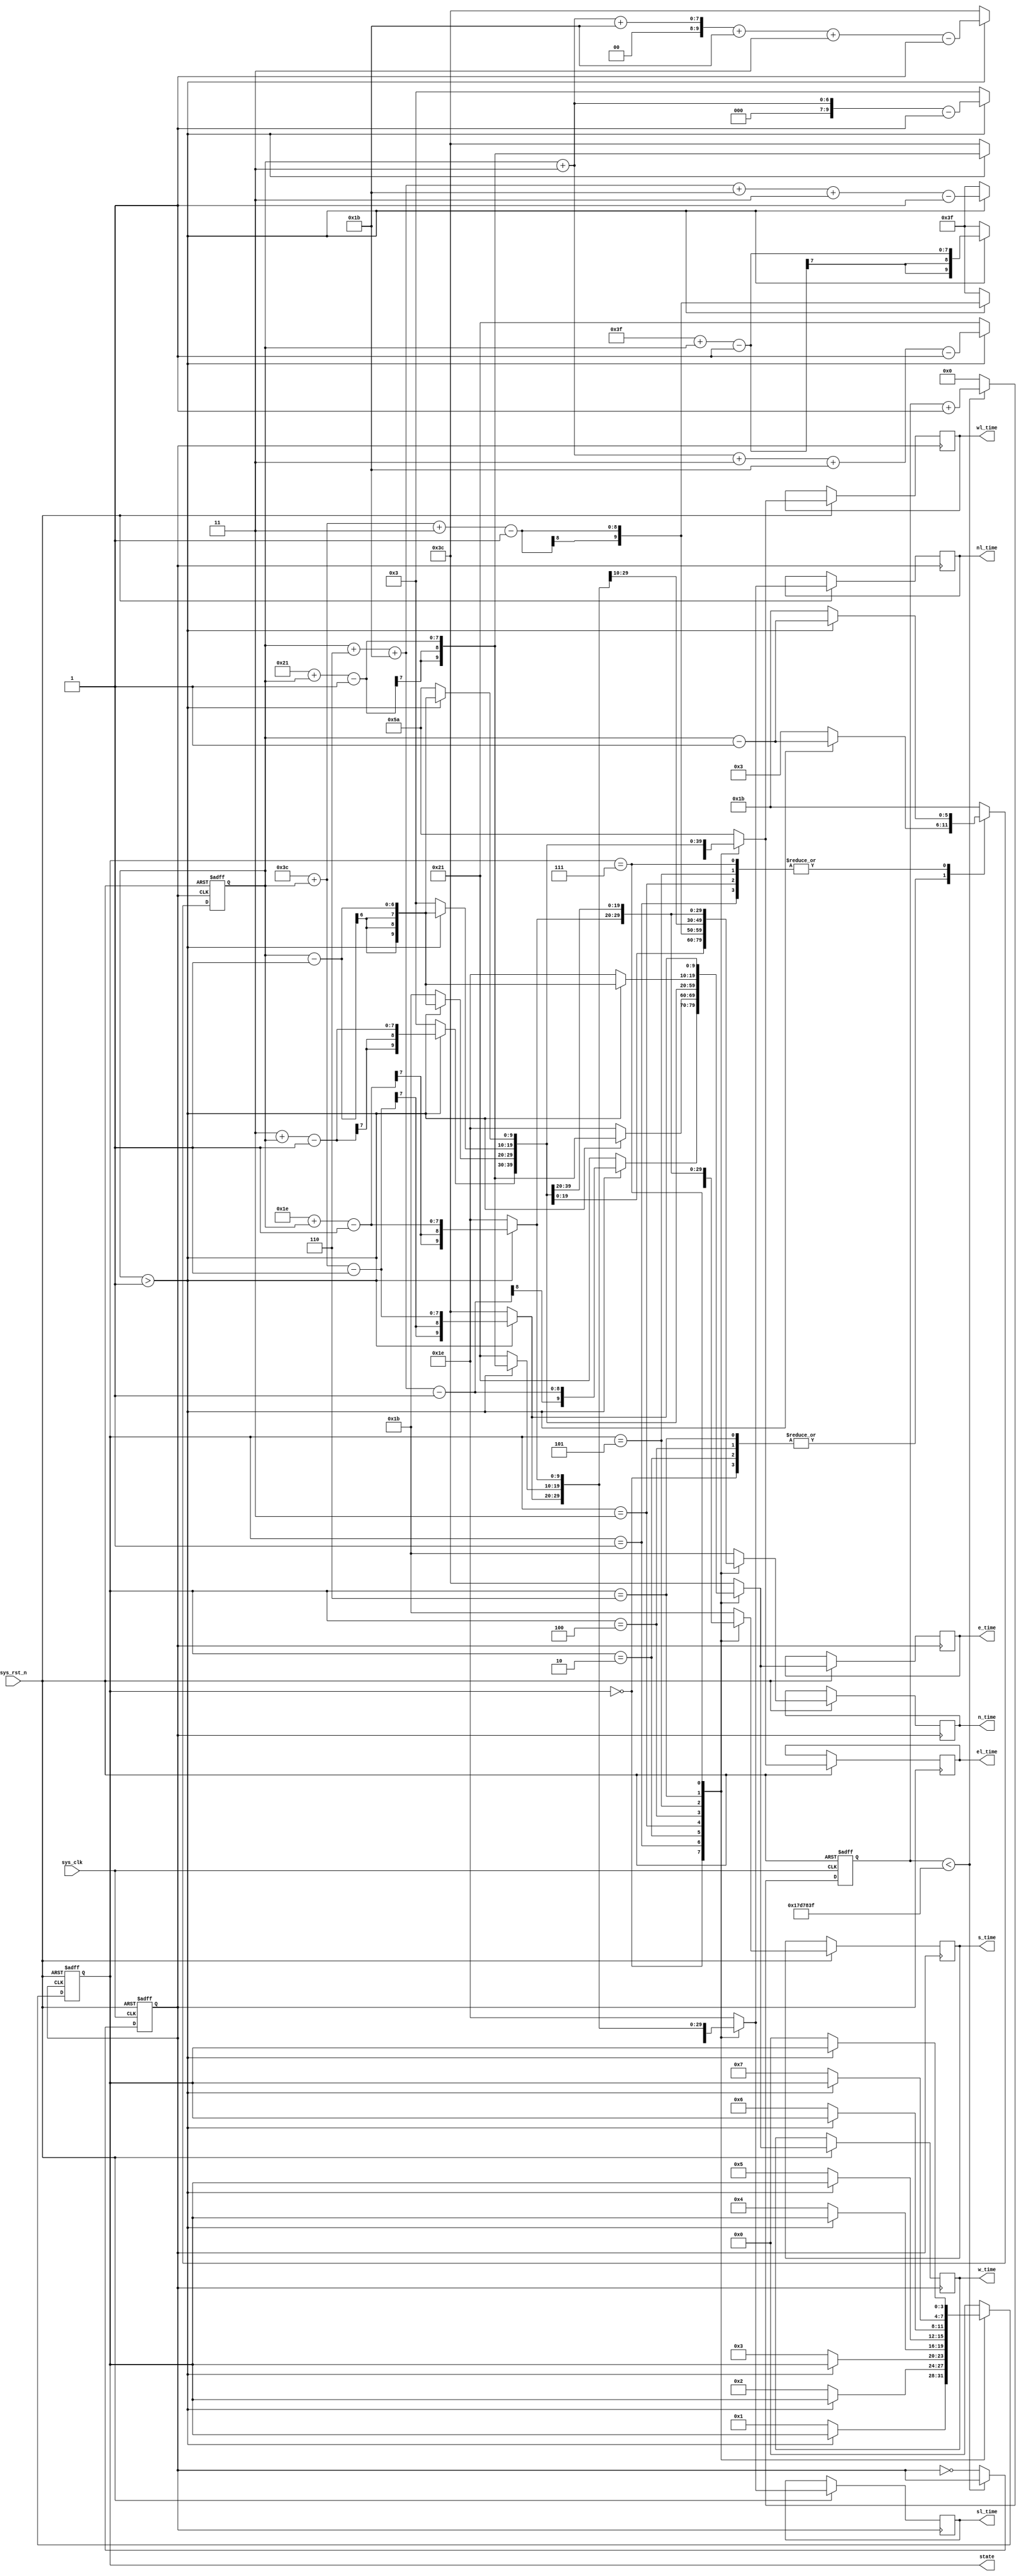
module  state_trans_model(
    //input
    input               sys_clk   ,        //
    input               sys_rst_n ,        //

    output  reg  [3:0]  state     ,        //LED
    output  reg  [9:0]  n_time    ,        //
    output  reg  [9:0]  e_time    ,        //
	 output  reg  [9:0]  s_time    ,        //
    output  reg  [9:0]  w_time    ,        //
	 output  reg  [9:0]  nl_time    ,        //
    output  reg  [9:0]  el_time    ,        //
	 output  reg  [9:0]  sl_time    ,        //
    output  reg  [9:0]  wl_time             //
    );
  
//parameter define
parameter  TIME_LED_NSY    = 3;              //
parameter  TIME_LED_NSR    = 60;              //
parameter  TIME_LED_NSG    = 27;             //
parameter  TIME_LED_WEY    = 3;              //
parameter  TIME_LED_WER    = 60;             //
parameter  TIME_LED_WEG    = 27;             //
parameter  WIDTH         = 25000000;        
  
//reg define
reg    [5:0]     time_cnt;                 //    
reg    [24:0]    t_count;                  //clk_1hz
reg              clk_t;                    //1hz

always @(posedge sys_clk or negedge sys_rst_n)begin
    if(!sys_rst_n)begin
        t_count <= 25'b0;
		  clk_t <= 1'b0;
	 end
    else if (t_count < WIDTH - 1'b1)begin
        t_count <= t_count + 1'b1;
		  clk_t <=  clk_t;
	 end
    else begin
        t_count <= 25'b0;
		  clk_t <= ~ clk_t;
	 end
end 

//8
always @(posedge clk_t or negedge sys_rst_n)begin
    if(!sys_rst_n)begin        
        state <= 4'd0;
        time_cnt <= TIME_LED_NSG ;            //1
    end 
    else begin
        case (state)
            4'b0000:  begin                    //1 
				    n_time  <= time_cnt - 1'b1;    //             
                e_time  <= time_cnt + TIME_LED_NSY*2+TIME_LED_NSG- 1'b1 ;     //60S           
	             s_time  <= time_cnt - 1'b1;       //        
                w_time  <= time_cnt + TIME_LED_NSY*2+TIME_LED_NSG- 1'b1 ; 
					 nl_time  <= time_cnt + TIME_LED_NSY- 1'b1;     //30s     
                el_time  <= time_cnt + TIME_LED_NSY*2+TIME_LED_NSG+TIME_LED_WEG+TIME_LED_WEY- 1'b1 ;      //90s        
	             sl_time  <= time_cnt + TIME_LED_NSY - 1'b1;            
                wl_time  <= time_cnt + TIME_LED_NSY*2+TIME_LED_NSG+TIME_LED_WEG+TIME_LED_WEY- 1'b1 ;    
                if (time_cnt > 1)begin      //time_cnt1
                    time_cnt <= time_cnt - 1'b1;
                    state <= state;
                end 
                else begin
                    time_cnt <= TIME_LED_NSY; //2 //
                    state <= 4'b0001;         //2
						  n_time  <= TIME_LED_NSY;                 
                    e_time  <= TIME_LED_WER-TIME_LED_NSG;   //33s            
	                 s_time  <= TIME_LED_NSY;              
                    w_time  <= TIME_LED_WER-TIME_LED_NSG;   //
						  nl_time  <= TIME_LED_NSY;                 //
                    el_time  <= TIME_LED_WER+TIME_LED_NSY;          //30s+30s+3s     
	                 sl_time  <= TIME_LED_NSY;              
                    wl_time  <= TIME_LED_WER+TIME_LED_NSY; 
                end 
            end 
            4'b0001:  begin                   //2 
                n_time  <= time_cnt - 1'b1;                 
                e_time  <= TIME_LED_NSG+TIME_LED_NSY*2+time_cnt - 1'b1;    //33s         
	             s_time  <= time_cnt - 1'b1;               
                w_time  <= TIME_LED_NSG+TIME_LED_NSY*2+time_cnt - 1'b1;  
					 nl_time  <= time_cnt- 1'b1;     //     
                el_time  <= time_cnt + TIME_LED_NSY+TIME_LED_NSG+TIME_LED_WEG+TIME_LED_WEY- 1'b1 ;      //63s        
	             sl_time  <= time_cnt- 1'b1;            
                wl_time  <= time_cnt + TIME_LED_NSY+TIME_LED_NSG+TIME_LED_WEG+TIME_LED_WEY- 1'b1 ;
                if (time_cnt > 1)begin
                    time_cnt <= time_cnt - 1'b1;
                    state <= state;
                end 
                else begin
                    time_cnt <= TIME_LED_NSG; //3 
                    state <= 4'b0010;         //3		  
						  e_time  <= TIME_LED_NSY+TIME_LED_NSG ;        //30s      
                    s_time  <= TIME_LED_NSY+TIME_LED_NSG+TIME_LED_NSR;   //90s           
	                 w_time  <= TIME_LED_NSY+TIME_LED_NSG ;                
                    n_time  <= TIME_LED_NSY+TIME_LED_NSG+TIME_LED_NSR; 
						  nl_time  <= TIME_LED_NSG;                 //
                    el_time  <= TIME_LED_WER;               //60s
	                 sl_time  <= TIME_LED_NSG;              
                    wl_time  <= TIME_LED_WER; 
                end 
            end 
            4'b0010:  begin                   //3  
                e_time  <= TIME_LED_NSY+time_cnt - 1'b1;         //30S        
                s_time  <= TIME_LED_WER+time_cnt + TIME_LED_NSY - 1'b1;         //90S      
	             w_time  <= TIME_LED_NSY+time_cnt - 1'b1;            
                n_time  <= TIME_LED_WER+time_cnt + TIME_LED_NSY - 1'b1;
					 nl_time  <= time_cnt- 1'b1;     //27s    
                el_time  <= time_cnt+TIME_LED_NSY+TIME_LED_WEY+TIME_LED_WEG- 1'b1 ;         //60s
	             sl_time  <= time_cnt- 1'b1;            
                wl_time  <= time_cnt+TIME_LED_NSY+TIME_LED_WEY+TIME_LED_WEG- 1'b1 ; 
                if (time_cnt > 1)begin
                    time_cnt <= time_cnt - 1'b1;
                    state <= state;
                end 
                else begin
                    time_cnt <= TIME_LED_NSY; //4  
                    state <= 4'b0011;         //4						  
						  e_time  <= TIME_LED_NSY;                 //3S
                    s_time  <= TIME_LED_NSY+TIME_LED_WER;               //63S
	                 w_time  <= TIME_LED_NSY;               
                    s_time  <= TIME_LED_NSY+TIME_LED_WER; 
						  nl_time  <= TIME_LED_NSY;                 //3S
                    el_time  <= TIME_LED_NSY+TIME_LED_WEY+TIME_LED_WEG;               //33S
	                 sl_time  <= TIME_LED_NSY;              
                    wl_time  <= TIME_LED_NSY+TIME_LED_WEY+TIME_LED_WEG;    
                end 
            end 
            4'b0011:  begin                   //4  
                e_time  <= time_cnt - 1'b1;                 
                s_time  <= TIME_LED_NSR+time_cnt - 1'b1;           //63s    
	             w_time  <= time_cnt - 1'b1;            
                n_time  <= TIME_LED_NSR+time_cnt - 1'b1; 
					 el_time  <= TIME_LED_WEY+ TIME_LED_WEG+time_cnt - 1'b1;         //30S        
                sl_time  <= time_cnt - 1'b1;         //3S      
	             wl_time  <= TIME_LED_WEY+ TIME_LED_WEG+time_cnt - 1'b1;                
                nl_time  <= time_cnt - 1'b1; 
                if (time_cnt > 1)begin
                    time_cnt <= time_cnt - 1'b1;
                    state <= state;
                end 
                else begin
                    time_cnt <= TIME_LED_WEG;
                    state <= 4'b0100;          //5 
						  n_time  <= TIME_LED_NSR;               //60s  
                    e_time  <= TIME_LED_WEG;           //    
	                 s_time  <= TIME_LED_NSR;               
                    w_time  <= TIME_LED_WEG; 
						  nl_time  <= TIME_LED_WER+TIME_LED_NSG+TIME_LED_NSY;                 //90s
                    el_time  <= TIME_LED_WEY+TIME_LED_WEG;               //30S
	                 sl_time  <= TIME_LED_WER+TIME_LED_NSG+TIME_LED_NSY;               
                    wl_time  <= TIME_LED_WEY+TIME_LED_WEG;   
                end 
            end		
	            4'b0100:  begin                   //5  
                e_time  <= time_cnt - 1'b1;                 
                s_time  <= TIME_LED_WEY+TIME_LED_WEG+TIME_LED_WEY+time_cnt - 1'b1;           //60s    
	             w_time  <= time_cnt - 1'b1;            
                n_time  <= TIME_LED_WEY+TIME_LED_WEG+TIME_LED_WEY+time_cnt - 1'b1; 
					 el_time  <= TIME_LED_WEY+time_cnt - 1'b1;         //30S        
                sl_time  <= TIME_LED_NSR+TIME_LED_WEY+time_cnt - 1'b1;         //90S      
	             wl_time  <= TIME_LED_WEY+time_cnt - 1'b1;                
                nl_time  <= TIME_LED_NSR+TIME_LED_WEY+time_cnt - 1'b1;   
                if (time_cnt > 1)begin
                    time_cnt <= time_cnt - 1'b1;
                    state <= state;
                end 
                else begin
                    time_cnt <= TIME_LED_WEY;
                    state <= 4'b0101;          //6 
						  n_time  <= TIME_LED_WEG+TIME_LED_WEY*2;               //33s  
                    e_time  <= TIME_LED_WEY;           //    
	                 s_time  <= TIME_LED_NSR;               
                    w_time  <= TIME_LED_WEY; 
						  nl_time  <= TIME_LED_NSR+TIME_LED_WEY;                 //63s
                    el_time  <= TIME_LED_WEY;               //3S
	                 sl_time  <= TIME_LED_NSR+TIME_LED_WEY;              
                    wl_time  <= TIME_LED_WEY;   
                end 
            end	
	            4'b0101:  begin                   //6  
                e_time  <= time_cnt - 1'b1;          //3s       
                s_time  <= TIME_LED_WEG+TIME_LED_WEY+time_cnt - 1'b1;           //33s    
	             w_time  <= time_cnt - 1'b1;            
                n_time  <= TIME_LED_WEG+TIME_LED_WEY+time_cnt - 1'b1;   
					 el_time  <= time_cnt - 1'b1;         //3S        
                sl_time  <= TIME_LED_NSR+time_cnt - 1'b1;          //63S      
	             wl_time  <= time_cnt - 1'b1;            
                nl_time  <= TIME_LED_NSR+time_cnt - 1'b1; 
                if (time_cnt > 1)begin
                    time_cnt <= time_cnt - 1'b1;
                    state <= state;
                end 
                else begin
                    time_cnt <= TIME_LED_WEG;
                    state <= 4'b0110;          //7 
						  n_time  <= TIME_LED_WEG+TIME_LED_WEY;                 //30s  
                    e_time  <= TIME_LED_WEG+TIME_LED_WEY+TIME_LED_WER;           //90s   
	                 s_time  <= TIME_LED_WEG+TIME_LED_WEY;               
                    w_time  <= TIME_LED_WEG+TIME_LED_WEY+TIME_LED_WER;    
						  nl_time  <= TIME_LED_WEG+TIME_LED_WEY+TIME_LED_NSY+TIME_LED_NSG;                 //60s
                    el_time  <= TIME_LED_WEG;              //27s
	                 sl_time  <= TIME_LED_WEG+TIME_LED_WEY+TIME_LED_NSY+TIME_LED_NSG;               
                    wl_time  <= TIME_LED_WEG;   
                end 
            end	
	            4'b0110:  begin                   //7  
                e_time  <= time_cnt - 1'b1;                 
                s_time  <= TIME_LED_WEY+time_cnt - 1'b1;           //30s    
	             w_time  <= time_cnt - 1'b1;            
                n_time  <= TIME_LED_WEY+time_cnt - 1'b1;  
					 el_time  <= time_cnt - 1'b1;         //        
                sl_time  <= TIME_LED_WEY+TIME_LED_NSG+TIME_LED_NSY+time_cnt - 1'b1;         //60S      
	             wl_time  <= time_cnt - 1'b1;                
                nl_time  <= TIME_LED_WEY+TIME_LED_NSG+TIME_LED_NSY+time_cnt - 1'b1; 
                if (time_cnt > 1)begin
                    time_cnt <= time_cnt - 1'b1;
                    state <= state;
                end 
                else begin
                    time_cnt <= TIME_LED_WEY;
                    state <= 4'b0111;          //8 

						  n_time  <= TIME_LED_WEY;               //3s  
                    e_time  <= TIME_LED_WEG+TIME_LED_WEY;           //63s   
	                 s_time  <= TIME_LED_WEY;               
                    w_time  <= TIME_LED_WEG+TIME_LED_WEY;   
						  nl_time  <= TIME_LED_WEY+TIME_LED_NSG+TIME_LED_NSY;                 //33s
                    el_time  <= TIME_LED_WEY;               //3s
	                 sl_time  <= TIME_LED_WEY+TIME_LED_NSG+TIME_LED_NSY;               
                    wl_time  <= TIME_LED_WEY;    
                end 
            end	
	            4'b0111:  begin                   //8 
                e_time  <= TIME_LED_WER+time_cnt - 1'b1;            //63s    
                s_time  <= time_cnt - 1'b1;          //3s    
	             w_time  <= TIME_LED_WER+time_cnt - 1'b1;             
                n_time  <= time_cnt - 1'b1;
					 el_time  <= time_cnt - 1'b1;        //30S        
                sl_time  <= TIME_LED_NSY+TIME_LED_NSG+time_cnt - 1'b1;         //3S      
	             wl_time  <= time_cnt - 1'b1;              
                nl_time  <= TIME_LED_NSY+TIME_LED_NSG+time_cnt - 1'b1;  
                if (time_cnt > 1)begin
                    time_cnt <= time_cnt - 1'b1;
                    state <= state;
                end 
                else begin
                    time_cnt <= TIME_LED_NSG;
                    state <= 4'b0000;          //1 
						  n_time  <= TIME_LED_NSG;               //  
                    e_time  <= TIME_LED_WER;           //60s    
	                 s_time  <= TIME_LED_NSG;               
                    w_time  <= TIME_LED_WER; 
						  nl_time  <= TIME_LED_NSG+TIME_LED_NSY;                 //30s
                    el_time  <= TIME_LED_WER+TIME_LED_NSY+TIME_LED_NSG;               //90S
	                 sl_time  <= TIME_LED_NSG+TIME_LED_NSY;               
                    wl_time  <= TIME_LED_WER+TIME_LED_NSY+TIME_LED_NSG;   
                end 
            end				
            default: begin
                state <= 4'b0;
                time_cnt <= TIME_LED_NSG;
				    n_time  <= TIME_LED_NSG;                 
                e_time  <= TIME_LED_WER;               
	             s_time  <= TIME_LED_NSG;              
                w_time  <= TIME_LED_WER;  
					 nl_time  <= TIME_LED_NSG+TIME_LED_NSY;              
                el_time  <= TIME_LED_WER+TIME_LED_NSY+TIME_LED_NSG;    
	             sl_time  <= TIME_LED_NSG+TIME_LED_NSY;               
                wl_time  <= TIME_LED_WER+TIME_LED_NSY+TIME_LED_NSG;   
            end 
        endcase
    end 
end                 

endmodule